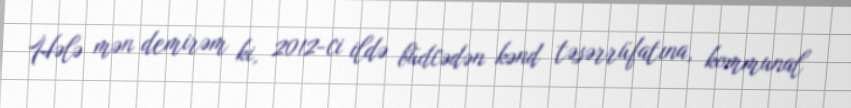
Hələ mən demirəm ki, 2012-ci ildə büdcədən kənd təsərrüfatına, kommunal